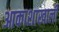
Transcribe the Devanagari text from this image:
आकाशाखाली